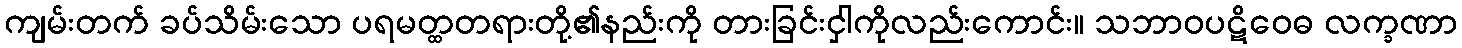
ကျမ်းတက် ခပ်သိမ်းသော ပရမတ္ထတရားတို့၏နည်းကို တားခြင်းငှါကိုလည်းကောင်း။ သဘာဝပဋိဝေဓ လက္ခဏာ